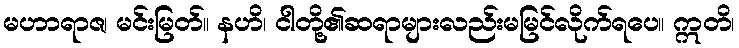
မဟာရာဇ၊ မင်းမြတ်။ နဟိ၊ ငါတို့၏ဆရာများလည်းမမြင်လိုက်ရပေ။ ဣတိ၊